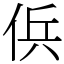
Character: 㑟